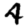
Digit: 4